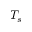
T _ { s }